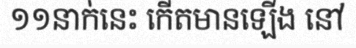
១១នាក់នេះ កើតមានឡើង នៅ